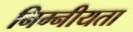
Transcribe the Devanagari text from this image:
निम्नीयता